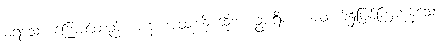
မရသော ကြောင့်တည်း။ ပန၊ အထူးကို ဆိုအံ့။ ဥပရိမာ၊ အထက်၌ဖြစ်ကြကုန်သော